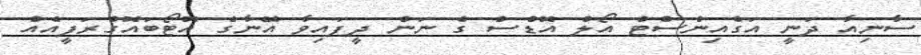
ސާނިއާ ދަނީ އަގެއިންސްޓް އޯލް އޮޑްސް ގެ ނަން ދީފައިވާ އޭނާގެ އޮޓޯބައޮގްރަފީއެއް